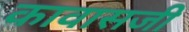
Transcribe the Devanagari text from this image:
कावासजी